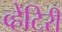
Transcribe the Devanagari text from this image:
व्हेंटिरी